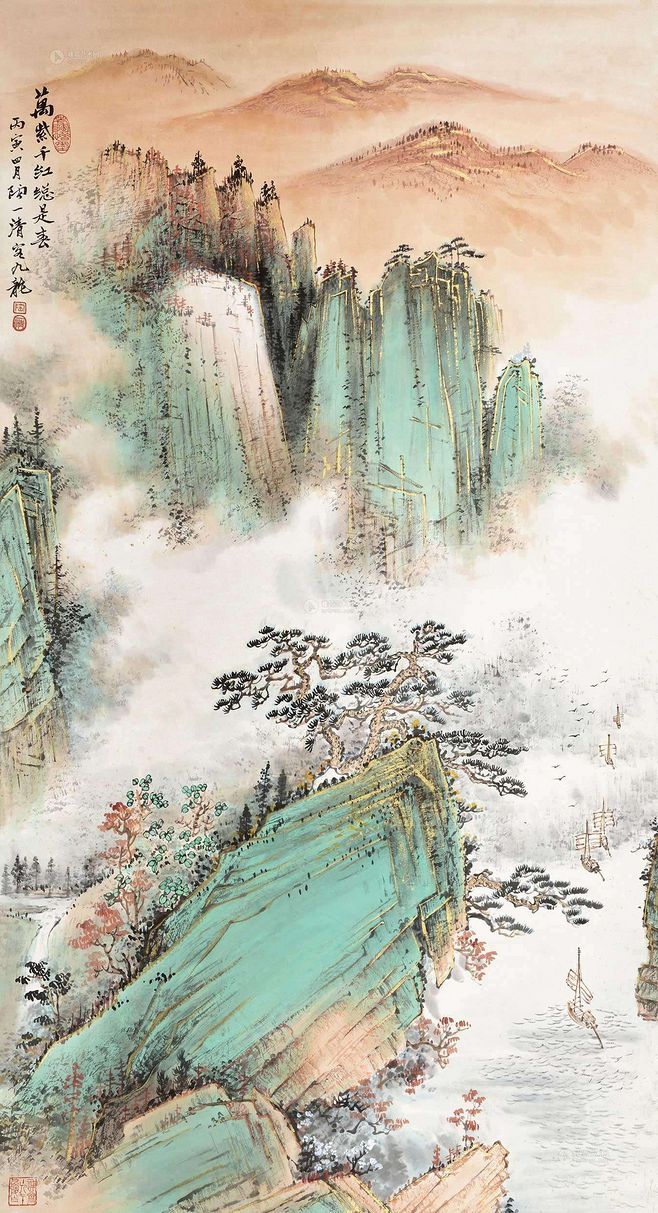
胜日寻芳泗水滨，无边光景一时新。